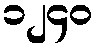
၁၂၄၀